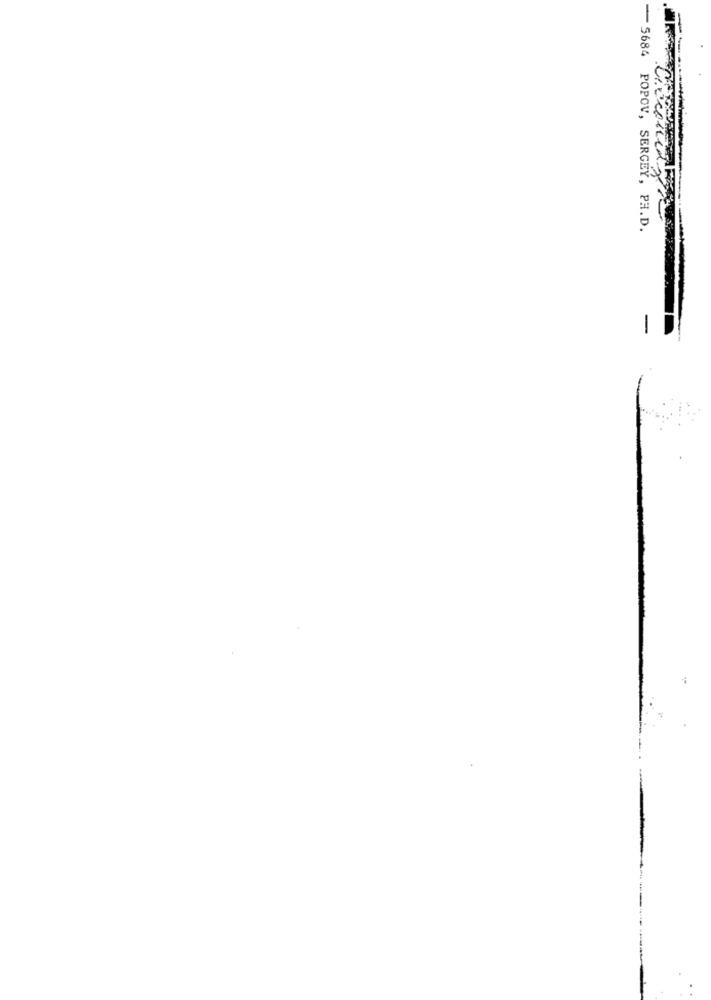
-5684 POPOV, SERGEY, PH.D.